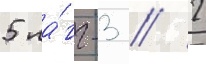
5 ла́гг-3 / 2